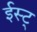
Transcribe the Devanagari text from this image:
ईस्ट्